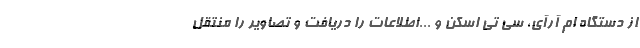
از دستگاه ام آرآی، سی تی اسکن و ...اطلاعات را دریافت و تصاویر را منتقل